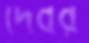
দেবর